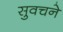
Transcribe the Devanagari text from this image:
सुवचने